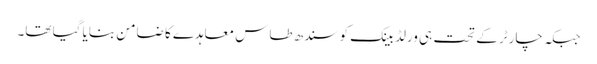
جبکہ چارٹر کے تحت ہی ورلڈ بینک کو سندھ طاس معاہدے کا ضامن بنایا گیا تھا۔